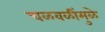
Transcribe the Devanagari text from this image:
चळवळींमुळे